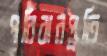
পরিবারপ্র্রতি